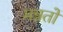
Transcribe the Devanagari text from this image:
मन्नतों